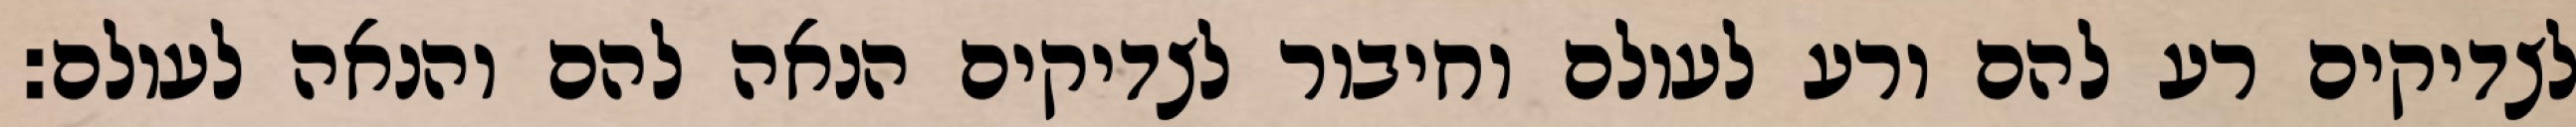
לצדיקים רע להם ורע לעולם וחיבור לצדיקים הנאה להם והנאה לעולם: